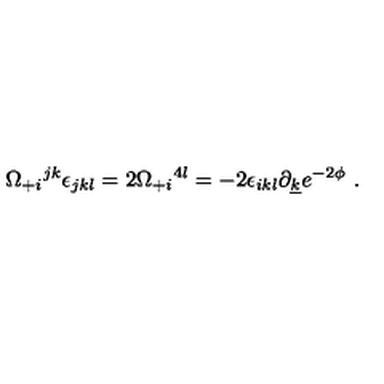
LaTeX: \Omega _ { + i } { } ^ { j k } \epsilon _ { j k l } = 2 \Omega _ { + i } { } ^ { 4 l } = - 2 \epsilon _ { i k l } \partial _ { \underline { k } } e ^ { - 2 \phi } \ .